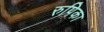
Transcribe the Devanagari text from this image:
रुपिका